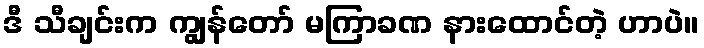
ဒီ သီချင်းက ကျွန်တော် မကြာခဏ နားထောင်တဲ့ ဟာပဲ။